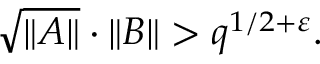
{ \sqrt { \| A \| } } \cdot \| B \| > q ^ { 1 / 2 + \varepsilon } .